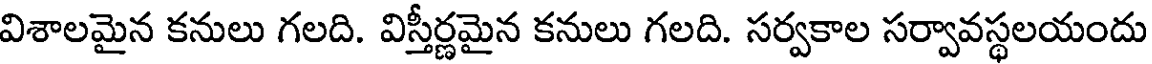
విశాలమైన కనులు గలది. విస్తీర్ణమైన కనులు గలది. సర్వకాల సర్వావస్థలయందు